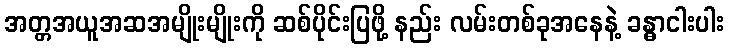
အတ္တအယူအဆအမျိုးမျိုးကို ဆစ်ပိုင်းပြဖို့ နည်း လမ်းတစ်ခုအနေနဲ့ ခန္ဓာငါးပါး